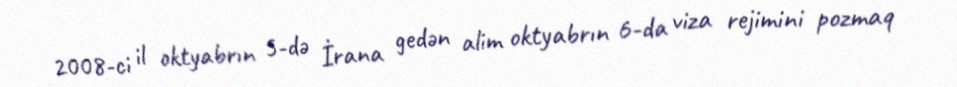
2008-ci il oktyabrın 5-də İrana gedən alim oktyabrın 6-da viza rejimini pozmaq